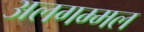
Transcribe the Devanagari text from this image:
अलगम्मल